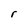
Character: r